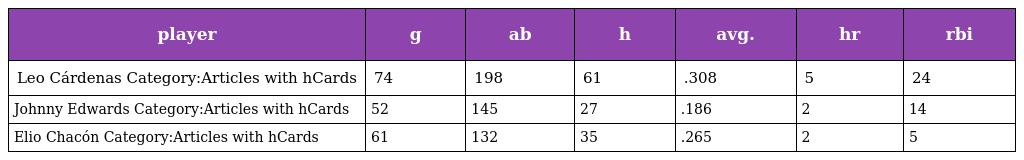
| player | g | ab | h | avg. | hr | rbi |
 | --- | --- | --- | --- | --- | --- | --- |
 | Leo Cárdenas Category:Articles with hCards | 74 | 198 | 61 | .308 | 5 | 24 |
 | Johnny Edwards Category:Articles with hCards | 52 | 145 | 27 | .186 | 2 | 14 |
 | Elio Chacón Category:Articles with hCards | 61 | 132 | 35 | .265 | 2 | 5 |